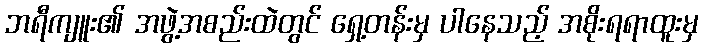
ဘရီကျူး၏ အဖွဲ့အစည်းထဲတွင် ရှေ့တန်းမှ ပါနေသည့် အစိုးရရာထူးမှ